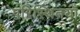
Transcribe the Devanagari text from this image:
परिस्थितयाँ